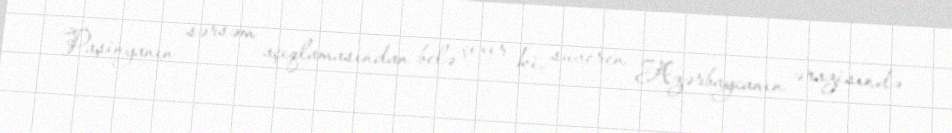
Paşinyanın sərsəm açıqlamasından belə çıxır ki, suveren Azərbaycanın ərazisində